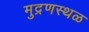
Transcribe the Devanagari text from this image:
मुद्रणस्थळ